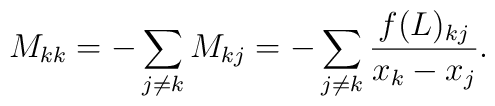
M_{kk}=-\sum_{j\neq k} M_{kj}=-\sum_{j\neq k}\frac{f(L)_{kj}}{x_k-x_j}.